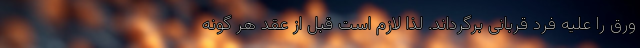
ورق را علیه فرد قربانی برگرداند. لذا لازم است قبل از عقد هر گونه